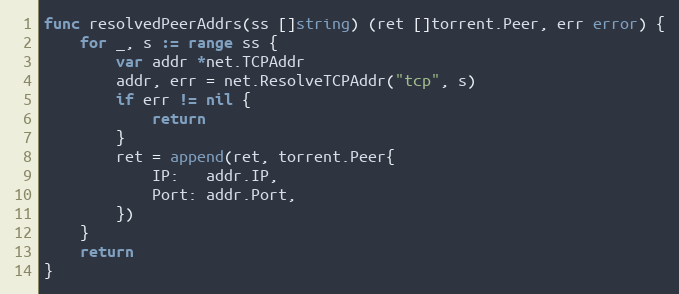
Language: Go
func resolvedPeerAddrs(ss []string) (ret []torrent.Peer, err error) {
	for _, s := range ss {
		var addr *net.TCPAddr
		addr, err = net.ResolveTCPAddr("tcp", s)
		if err != nil {
			return
		}
		ret = append(ret, torrent.Peer{
			IP:   addr.IP,
			Port: addr.Port,
		})
	}
	return
}